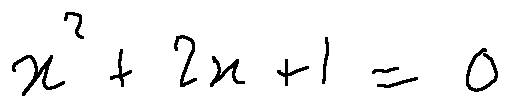
x ^ { 2 } + 2 x + 1 = 0